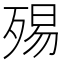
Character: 𣨟